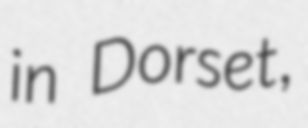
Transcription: in Dorset,